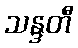
သန္ဒတီ